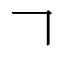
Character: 𠃍